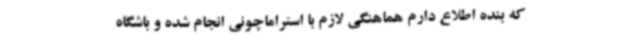
که بنده اطلاع دارم هماهنگی لازم با استراماچونی انجام شده و باشگاه